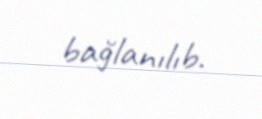
bağlanılıb.